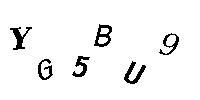
TG5BU9